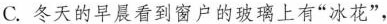
C.冬天的早晨看到窗户的玻璃上有“冰花”.